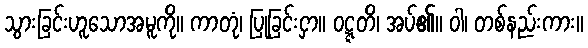
သွားခြင်းဟူသောအမူကို။ ကာတုံ၊ ပြုခြင်းငှာ။ ဝဋ္ဋတိ၊ အပ်၏။ ဝါ၊ တစ်နည်းကား။